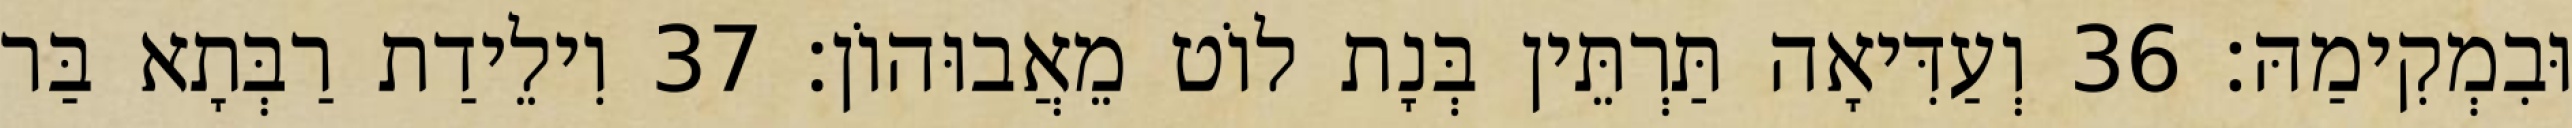
וּבִמְקִימַהּ׃ 36 וְעַדִּיאָה תַּרְתֵּין בְּנָת לוֹט מֵאֲבוּהוֹן׃ 37 וִילֵידַת רַבְּתָא בַּר